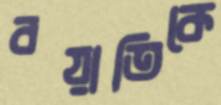
বয়াতিকে